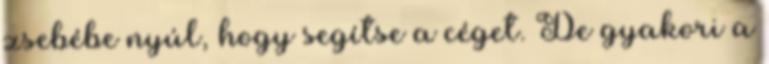
zsebébe nyúl, hogy segítse a céget. De gyakori a